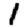
Digit: 1